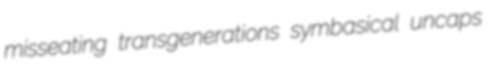
misseating transgenerations symbasical uncaps